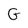
Character: G